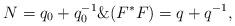
LaTeX: \begin{align*}N = q_0 + q_0^{-1} \& (F^*F) = q+q^{-1},\end{align*}